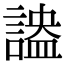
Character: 𧪪